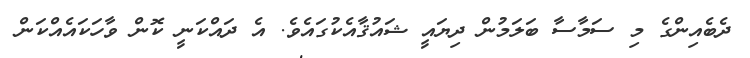
ދެބެއިންގެ މި ސަމާސާ ބަލަމުން ދިޔައީ ޝައުޤާއެކުގައެވެ. އެ ދައްކަނީ ކޮން ވާހަކައެއްކަން